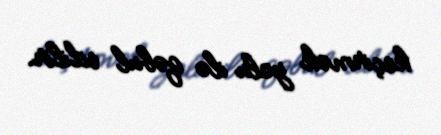
keçirmək yolu ilə qəbul edilir.